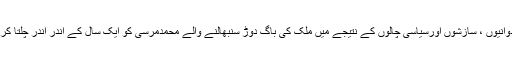
ریشہ دوانیوں ، سازشوں اورسیاسی چالوں کے نتیجے میں ملک کی باگ دوڑ سنبھالنے والے محمدمرسی کو ایک سال کے اندر اندر چلتا کردیا گیا۔